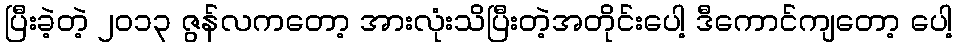
ပြီးခဲ့တဲ့ ၂၀၁၃ ဇွန်လကတော့ အားလုံးသိပြီးတဲ့အတိုင်းပေါ့ ဒီကောင်ကျတော့ ပေါ့